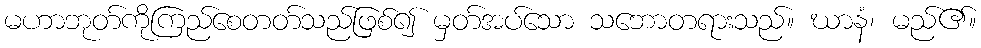
မဟာဘုတ်ကိုကြည်စေတတ်သည်ဖြစ်၍ မှတ်အပ်သော သဘောတရားသည်။ ဃာနံ၊ မည်၏။